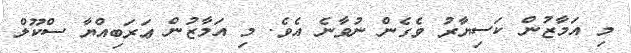
މި އަމާޒުން ކަސިޔާރު ވެގެން ނުވާނެ އެވެ. މި އަމާޒުން ޢަރަބިއްޔާ ސްކޫލް